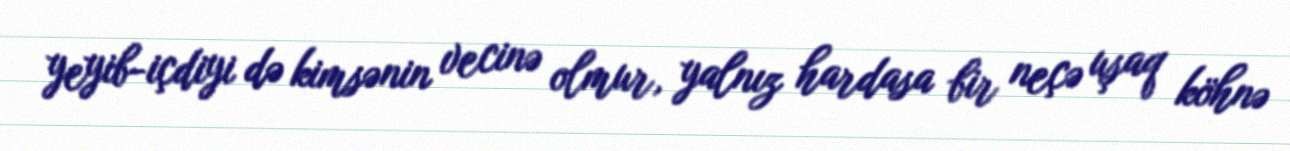
yeyib-içdiyi də kimsənin vecinə olmur, yalnız hardasa bir neçə uşaq köhnə